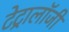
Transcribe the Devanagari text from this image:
टेट्रालॉजी